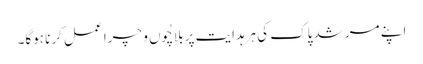
اپنے مرشد پاک کی ہرہدایت پر بلاچُوں و چرا عمل کرنا ہوگا۔